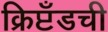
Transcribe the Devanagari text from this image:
क्रिप्टँडची